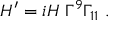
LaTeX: H ^ { \prime } = i H \; \Gamma ^ { 9 } \Gamma _ { 1 1 } \ .